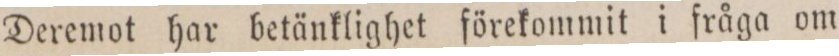
Deremot har betänklighet förekommit i fråga om